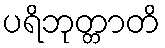
ပရိဘုတ္တာတိ